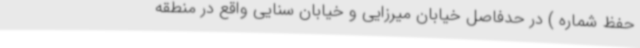
حفظ شماره ) در حدفاصل خیابان میرزایی و خیابان سنایی واقع در منطقه